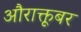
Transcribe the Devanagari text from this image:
औराक्तूबर